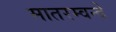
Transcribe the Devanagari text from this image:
मातरम्वन्दे